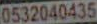
0532040435